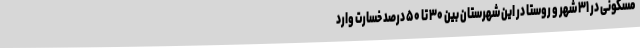
مسکونی در ۳۱ شهر و روستا در این شهرستان بین ۳۰ تا ۵۰ درصد خسارت وارد